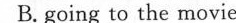
B. going to the movise